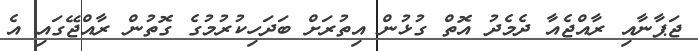
ޖަޕާނާއި ރާއްޖެއާ ދެމެދު އޮތް ގުޅުން އިތުރަށް ބަދަހިކުރުމުގެ ގޮތުން ރާއްޖޭގައި އެ